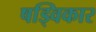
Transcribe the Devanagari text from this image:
षड्विकार